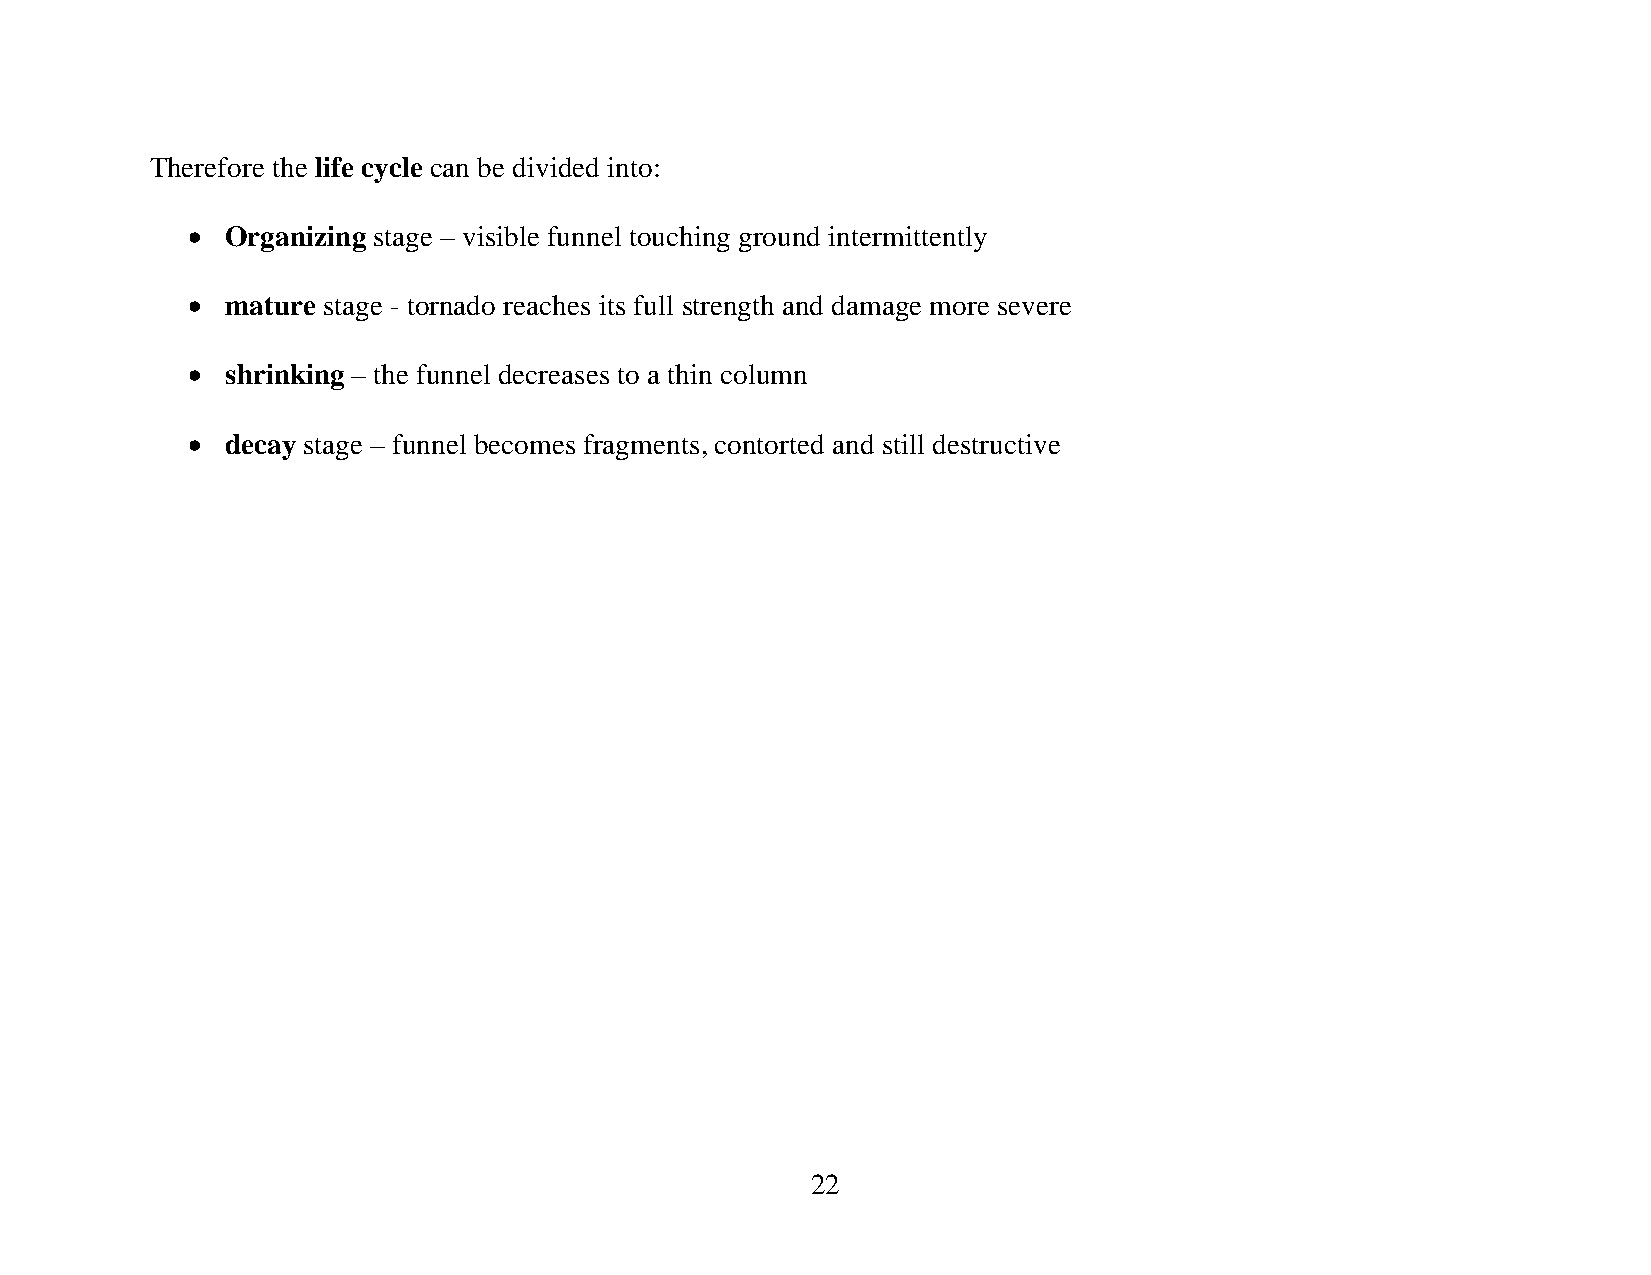
Therefore the life cycle can be divided into:
 •  Organizing stage – visible funnel touching ground intermittently
 •  mature stage - tornado reaches its full strength and damage more severe
 •  shrinking – the funnel decreases to a thin column
 •  decay stage – funnel becomes fragments, contorted and still destructive
 22